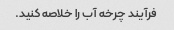
فرآیند چرخه آب را خلاصه کنید.